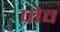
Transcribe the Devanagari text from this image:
पोव